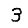
Digit: 3